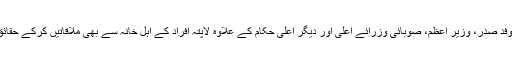
امکان ہے کہ یہ وفد صدر، وزیر اعظم، صوبائی وزرائے اعلی اور دیگر اعلی حکام کے علاوہ لاپتہ افراد کے اہل خانہ سے بھی ملاقاتیں کرکے حقائق معلوم کرے گا۔